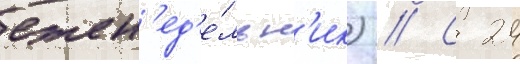
ежен'ед'е́льн'ик) // С 24